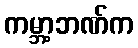
ကမ္ဘာ့ဘဏ်က